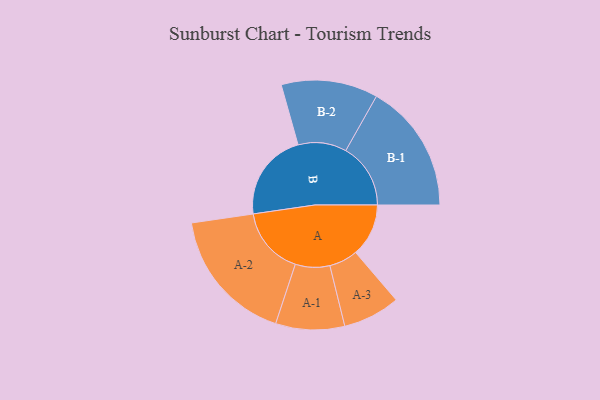
{"axis": {"x": "Segment", "y": "Value"}, "legend": ["", "A", "B"], "data": [{"x": "A", "y": 209, "type": ""}, {"x": "B", "y": 349, "type": ""}, {"x": "A-1", "y": 136, "type": "A"}, {"x": "A-2", "y": 268, "type": "A"}, {"x": "A-3", "y": 113, "type": "A"}, {"x": "B-1", "y": 256, "type": "B"}, {"x": "B-2", "y": 191, "type": "B"}]}